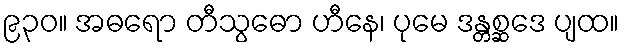
၉၃၀။ အဓရော တီသွဓော ဟီနေ၊ ပုမေ ဒန္တစ္ဆဒေ ပျထ။